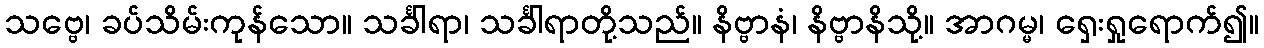
သဗ္ဗေ၊ ခပ်သိမ်းကုန်သော။ သင်္ခါရာ၊ သင်္ခါရာတို့သည်။ နိဗ္ဗာနံ၊ နိဗ္ဗာနိသို့။ အာဂမ္မ၊ ရှေးရှုရောက်၍။